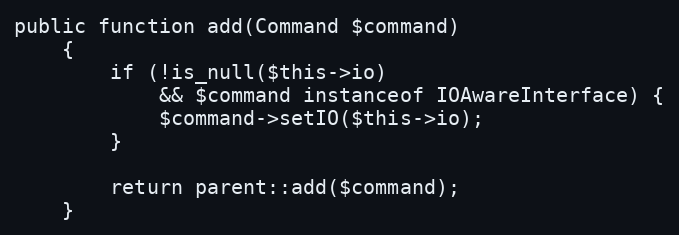
Language: PHP
public function add(Command $command)
    {
        if (!is_null($this->io)
            && $command instanceof IOAwareInterface) {
            $command->setIO($this->io);
        }

        return parent::add($command);
    }